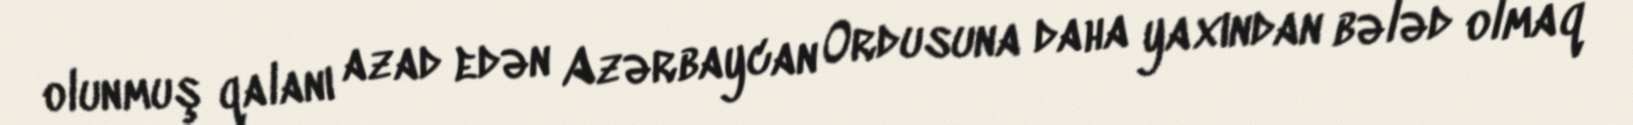
olunmuş qalanı azad edən Azərbaycan Ordusuna daha yaxından bələd olmaq